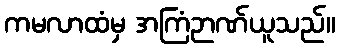
ကမလာထံမှ အကြံဉာဏ်ယူသည်။